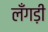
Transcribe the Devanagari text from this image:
लँगड़ी